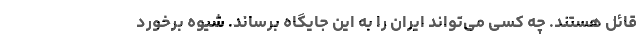
قائل هستند. چه کسی می‌تواند ایران را به این جایگاه برساند. شیوه برخورد